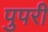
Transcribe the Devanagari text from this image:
पुपरी